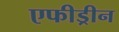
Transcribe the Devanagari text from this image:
एफीड्रीन